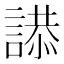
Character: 𮘫